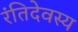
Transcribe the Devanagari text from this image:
रंतिदेवस्य